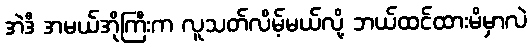
အဲဒီ အမယ်အိုကြီးက လူသတ်လိမ့်မယ်လို့ ဘယ်ထင်ထားမိမှာလဲ